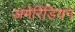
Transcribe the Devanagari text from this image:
अमेरिंडियन